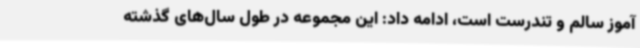
آموز سالم و تندرست است، ادامه داد: این مجموعه در طول سال‌های گذشته